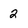
Character: 2